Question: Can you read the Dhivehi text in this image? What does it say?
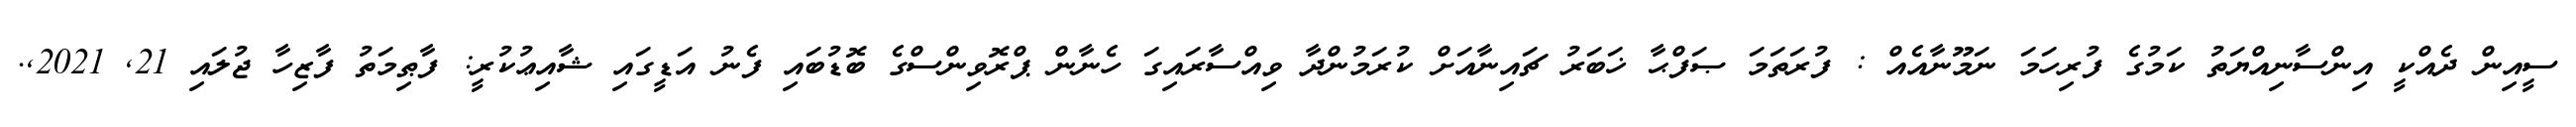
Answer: ސީއިން ދެއްކީ އިންސާނިއްޔަތު ކަމުގެ ފުރިހަމަ ނަމޫނާއެއް : ފުރަތަމަ ޞަފްޙާ ޚަބަރު ޗައިނާއަށް ކުރަމުންދާ ވިއްސާރައިގަ ހެނާން ޕްރޮވިންސްގެ ބޮޑުބައި ފެނު އަޑީގައި ޝާއިޢުކުރީ: ފާޠިމަތު ފާޒިހާ ޖުލައި 21, 2021,.